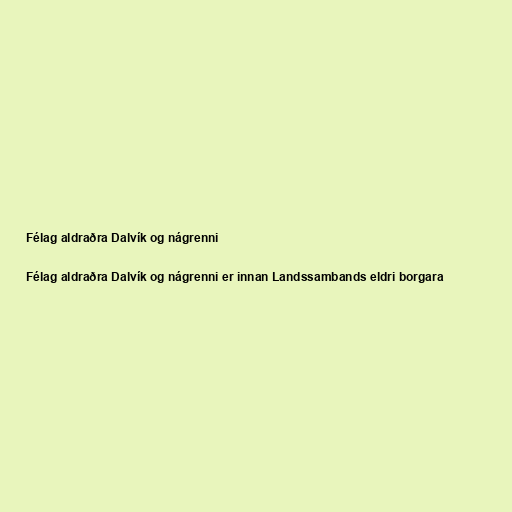
Félag aldraðra Dalvík og nágrenni

Félag aldraðra Dalvík og nágrenni er innan Landssambands eldri borgara